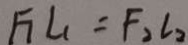
F _ { 1 } L _ { 1 } = F _ { 2 } l _ { 2 }